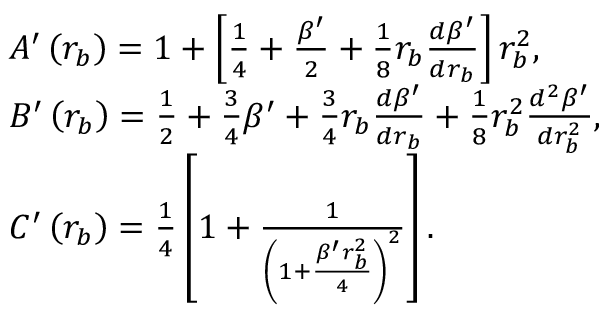
\begin{array} { r l } & { A ^ { \prime } \left( r _ { b } \right) = 1 + \left[ \frac { 1 } { 4 } + \frac { \beta ^ { \prime } } { 2 } + \frac { 1 } { 8 } r _ { b } \frac { d \beta ^ { \prime } } { d r _ { b } } \right] r _ { b } ^ { 2 } , } \\ & { B ^ { \prime } \left( r _ { b } \right) = \frac { 1 } { 2 } + \frac { 3 } { 4 } \beta ^ { \prime } + \frac { 3 } { 4 } r _ { b } \frac { d \beta ^ { \prime } } { d r _ { b } } + \frac { 1 } { 8 } r _ { b } ^ { 2 } \frac { d ^ { 2 } \beta ^ { \prime } } { d r _ { b } ^ { 2 } } , } \\ & { C ^ { \prime } \left( r _ { b } \right) = \frac { 1 } { 4 } \left[ 1 + \frac { 1 } { \left( 1 + \frac { \beta ^ { \prime } r _ { b } ^ { 2 } } { 4 } \right) ^ { 2 } } \right] . } \end{array}